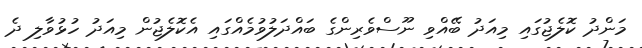
މަންދު ކޮލެޖުގައި މިއަދު ބޭއްވި ނޫސްވެރިންގެ ބައްދަލުވުމެއްގައި އެކޮލެޖުން މިއަދު ހުޅުވާލި ދެ